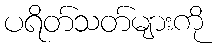
ပရိတ်သတ်များကို